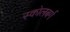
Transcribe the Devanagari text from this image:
स्कोलबर्ग